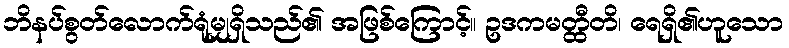
ဘိနပ်စွတ်လောက်ရုံမျှရှိသည်၏ အဖြစ်ကြောင့်။ ဥဒကမတ္ထီတိ၊ ရေရှိ၏ဟူသော